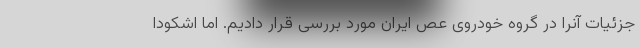
جزئیات آنرا در گروه خودروی عص ایران مورد بررسی قرار دادیم. اما اشکودا